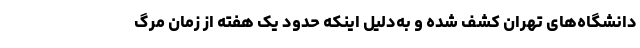
دانشگاه‌های تهران کشف شده و به‌دلیل اینکه حدود یک هفته از زمان مرگ